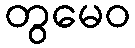
တွမေဝ